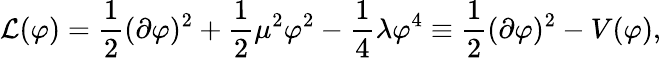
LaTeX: {\mathcal{L}}(\varphi)={\frac{1}{2}}(\partial\varphi)^{2}+{\frac{1}{2}}\mu^{2}\varphi^{2}-{\frac{1}{4}}\lambda\varphi^{4}\equiv{\frac{1}{2}}(\partial\varphi)^{2}-V(\varphi),